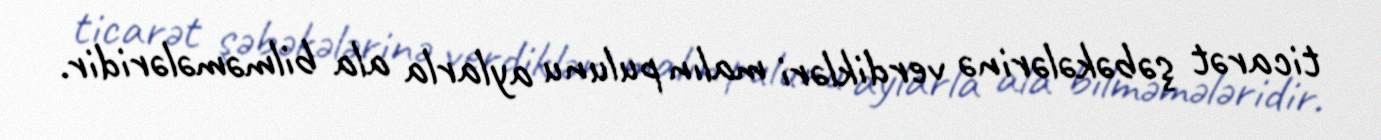
ticarət şəbəkələrinə verdikləri malın pulunu aylarla ala bilməmələridir.